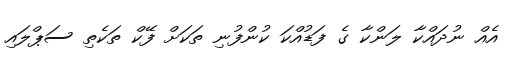
އެއް ނުދައްކާ ލަންކާ ގެ ފަޑުއްކަ ކުންފުނި ތަކަށް ފޭކް ތަކެތި ސަޕްލައި